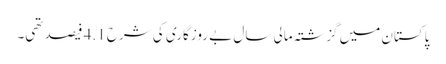
پاکستان میں گزشتہ مالی سال بے روزگاری کی شرح 4.1 فیصد تھی۔